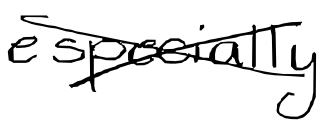
Text: especially
Cross-out: cross
Writing tool: digital_black